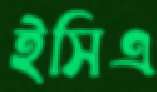
ইসিএ